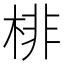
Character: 棑